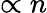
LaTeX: \propto n